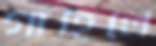
গাহিলে